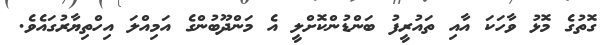
ގޮތުގެ މޮޅު ވާހަކަ އާއި ތައުރީފު ބަންޑުންކޮށްލީ އެ މަންދޫބުންގެ އަމިއްލަ އިހްތިޔާރުގައެވެ.